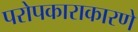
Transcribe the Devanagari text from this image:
परोपकाराकारणे